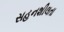
સહનશીલતા